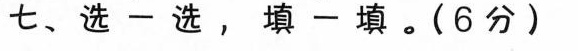
选一选，填一填。(6分)